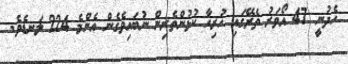
ހެދުނީ 47 އޯވަރު ތެރޭގައި ހުރިހާ ކުޅުންތެރިން ނުބައިވެގެން އެންމެ 224 ލަނޑެވެ.